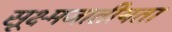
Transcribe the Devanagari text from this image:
सूक्ष्मजातीयता